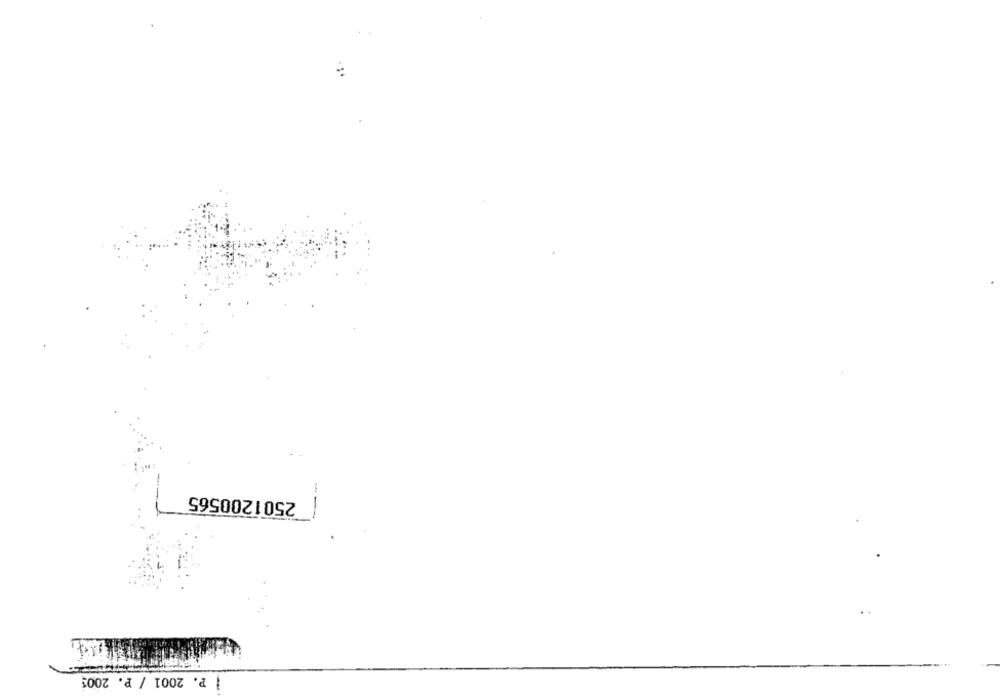
2501200565
--
| P. 2001 / P. 2001